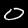
Digit: 0